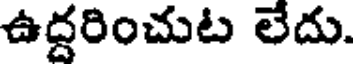
ఉద్దరించుట లేదు.